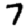
Digit: 7